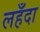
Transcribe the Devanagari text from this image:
लहँदा